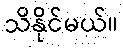
သိနိုင်မယ်။